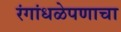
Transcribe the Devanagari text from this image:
रंगांधळेपणाचा